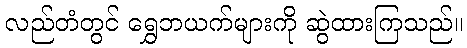
လည်တံတွင် ရွှေဘယက်များကို ဆွဲထားကြသည်။